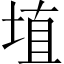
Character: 埴